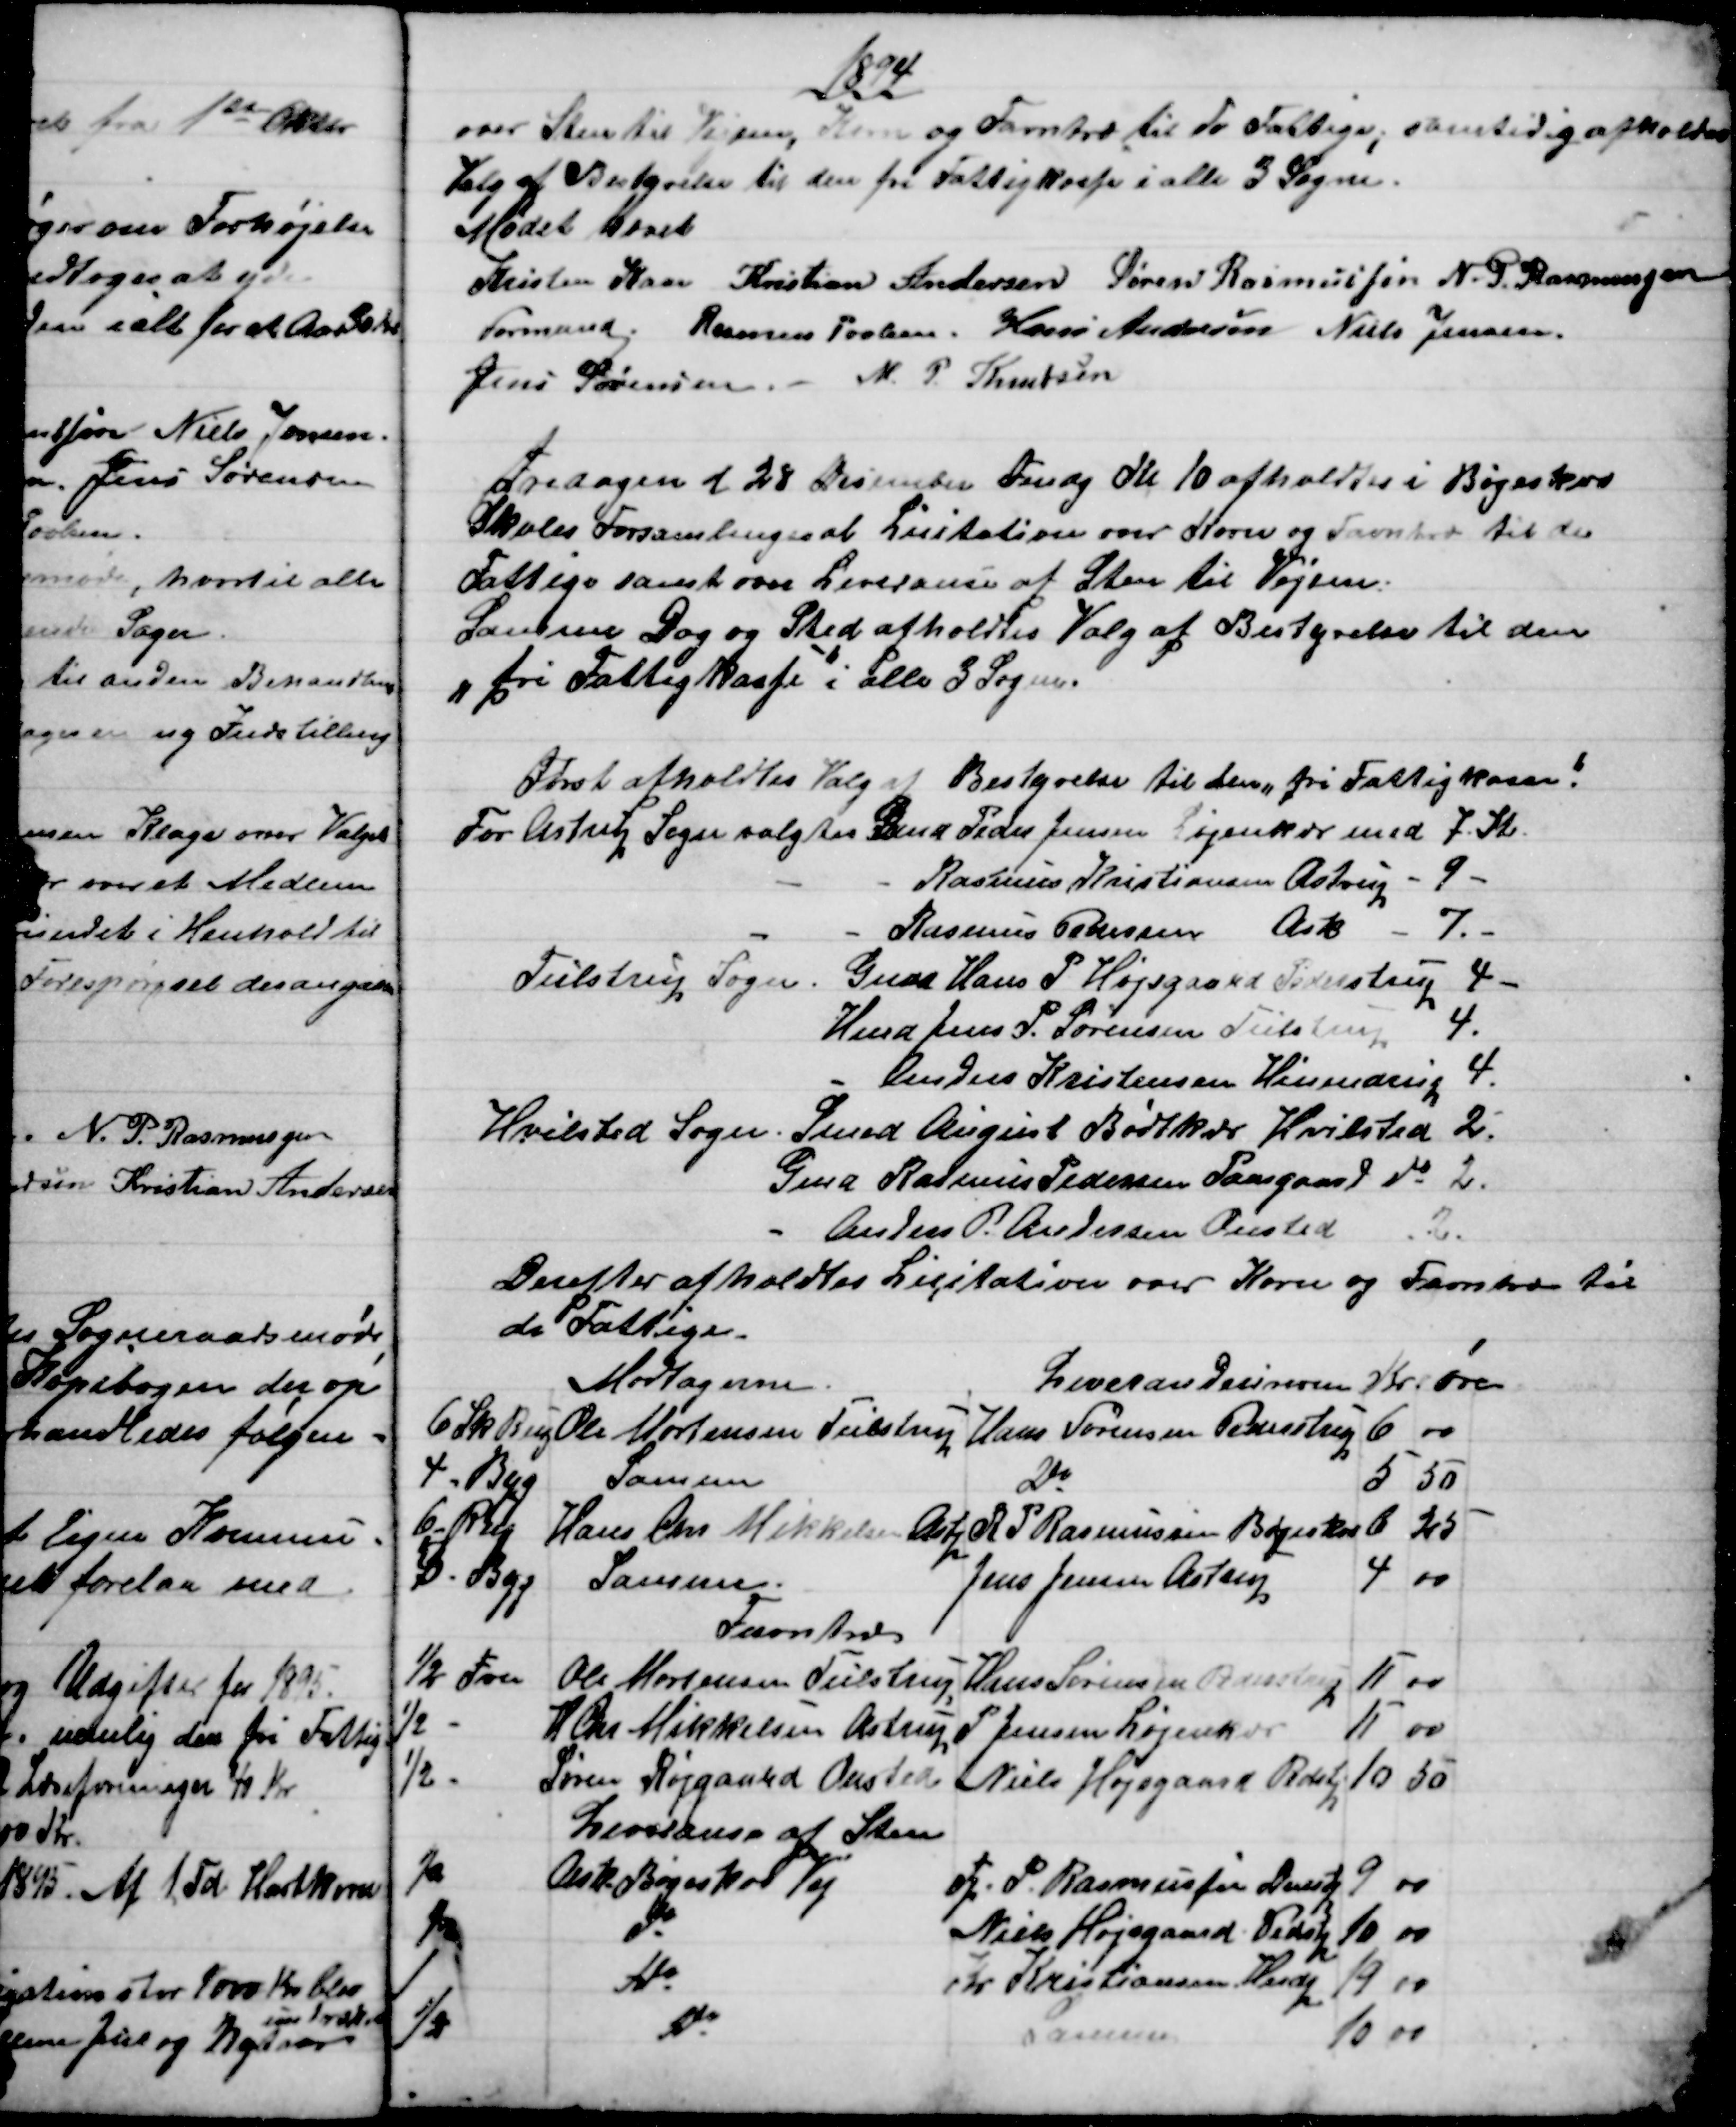
Transskription:
1894
over Sten til Vejene, Korn og Favntræ til de Fattige, samtidig afholdtes
Valg af Bestyrelse til den fri Fattigkasse i alle 3 Sogne.
Mødet hævet
Kristen Kaae 
Formand. 
Kristian Andersen Søren Rasmussen N. P. Rasmussen
Rasmus Povlsen. Hans Andersen Niels Jensen
Jens Sørensen.  M. P. Knudsen
Fredagen d 28 Desember Fmdg Kl 10 afholdtes i Bøgeskov
Skoles Forsamlingssal Licitation over Korn og Favntræ til de
Fattige samt over Leveranse at Sten til Vejene.
Samme Dag og Sted afholdtes Valg af Bestyrelse til den
 "fri Fattigkasse" i alle 3 Sogne.
Først afholdtes Valg af Bestyrelse til den "fri Fattigkasse!
For Astrup Sogn valgtes Gmd Peder Jensen Løjenkær med 7. St.
Rasmus Kristiansen Astrup 
9 -
Rasmus Pedersen Ask 
7. -
Tulstrup Sogn.
Gmd Hans P. Højsgaard Pederstrup 4 -
Hmd Jens P. Sørensen Tulstrup 4.
 Anders Kristensen Hinnedrup  4.
Hvilsted Sogn.
Smed August Bødtkær Hvilsted  2.
Gmd Rasmus Pedersen Paasgaard do  2.
Anders P. Andersen Onsted 2.
Derefter afholdtes Licitation over Korn og Favntræ til
de Fattige.
Modtagerne
Leverandeurerne
Kr 
øre
6 Sk Rug 
Ole Mortensen Tulstrup
Hans Sørensen Pederstrup
6 
00
4 - Byg
Samme
Do
5 
50 
6 - Rug
Hans Chr Mikkelsen Astp
R S Rasmussen Bøgeskov
6 
25
3 - Byg
Samme.
Jens Jensen Astrup
4
00
Favntræ
½ Fvn
Ole Mortensen Tulstrup
Hans Sørensen Pederstrup
11
00 
½
H Chr Mikkelsen Astrup
P Jensen Løjenkær
11  
00 
½
Søren Røjgaard Onsted
Niels Højsgaard Pederstp
10 
50 
Leveranse af Sten
½
Ask Bøgeskov Vej
Fp. P. Rasmussen Dramstp
9 
00
½
do
Niels Højsgaard Pedstp
10
00
1
do
Kr Kristiansen, Hindp
19 
00
½
do
Samme
10 
00